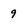
Character: 9